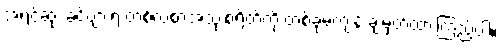
အရင်ဆုံး ခင်ဗျားရဲ့ တစ်လစာအသုံးစရိတ်ကို တစ်ခုမကျန် ချမှတ်ထားကြည့်ပါ။